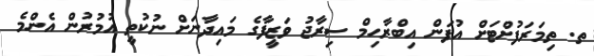
ތ. ތިމަރަފުށްޓަށް އުފަން އިބްރާހިމް ސިރާޖު ވަޒީފާގެ މައިދާނަށް ނުކުތީ އުމުރުން އެންމެ